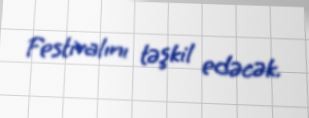
Festivalını təşkil edəcək.